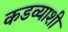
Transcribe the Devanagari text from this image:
कडव्याशी